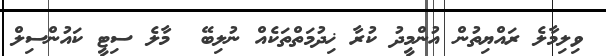
ވިލިމާލެ ރައްޔިތުން އުންމީދު ކުރާ ޚިދުމަތްތަކެއް ނުލިބޭ  މާލެ ސިޓީ ކައުންސިލް